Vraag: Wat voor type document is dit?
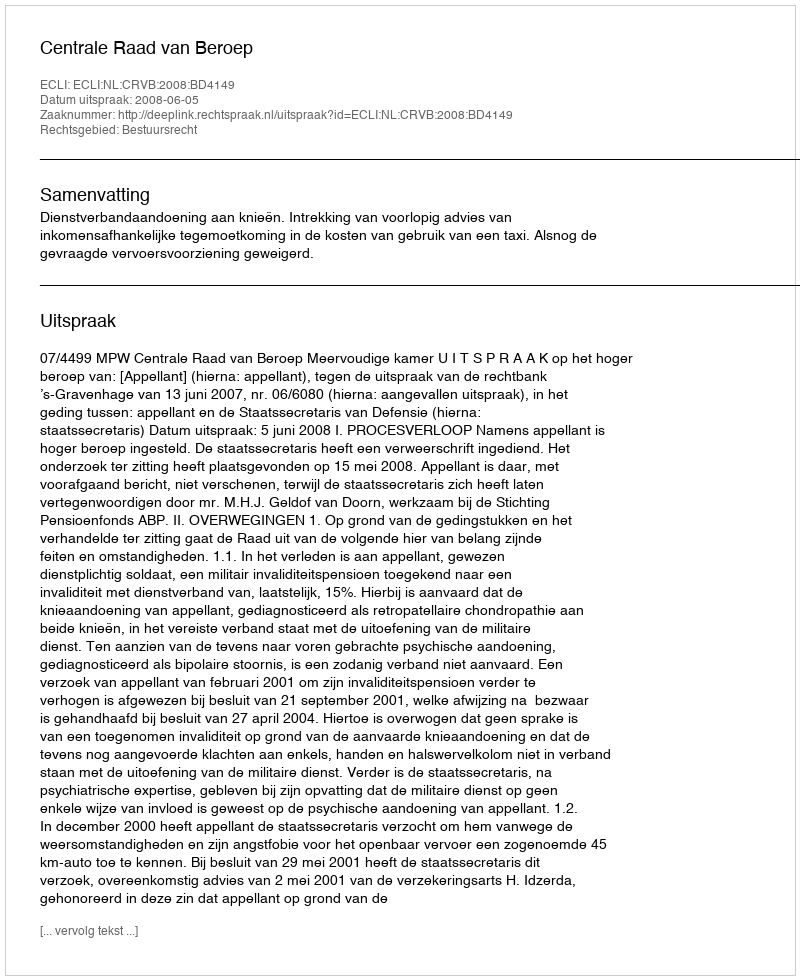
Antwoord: Uitspraak